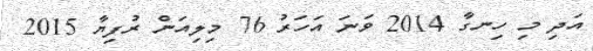
އަދި މި ހިނގާ 2014 ވަނަ އަހަރު 76 މިލިއަން ރުފިޔާ 2015